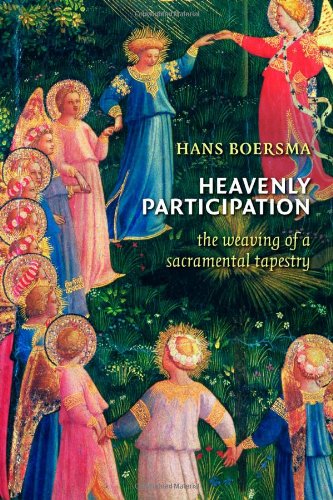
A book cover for Heavenly Participation: The Weaving of a Sacramental Tapestry; Hans Boersma; Crafts, Hobbies & Home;